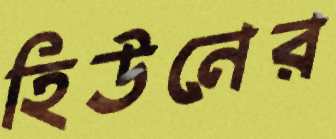
হিউনের